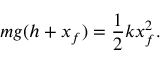
m g ( h + x _ { f } ) = \frac { 1 } { 2 } k x _ { f } ^ { 2 } .